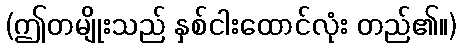
(ဤတမျိုးသည် နှစ်ငါးထောင်လုံး တည်၏။)